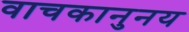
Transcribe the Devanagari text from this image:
वाचकानुनय